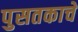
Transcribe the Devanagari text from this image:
पुसतकाचे